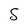
Character: S